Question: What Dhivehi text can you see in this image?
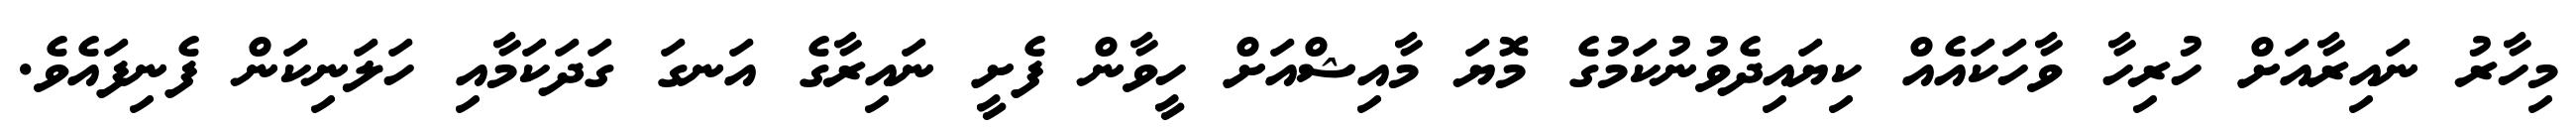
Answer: މިހާރު ނައިރާއަށް ހުރިހާ ވާހަކައެއް ކިޔައިދެވުނުކަމުގެ މޮޔަ މާއިޝްއަށް ހީވާން ފެށީ ނައިރާގެ އަނގަ ގަދަކަމާއި ހަލަނިކަން ފެނިފައެވެ.